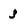
Character: 3